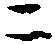
ニ